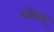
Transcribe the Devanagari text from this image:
बडेसर